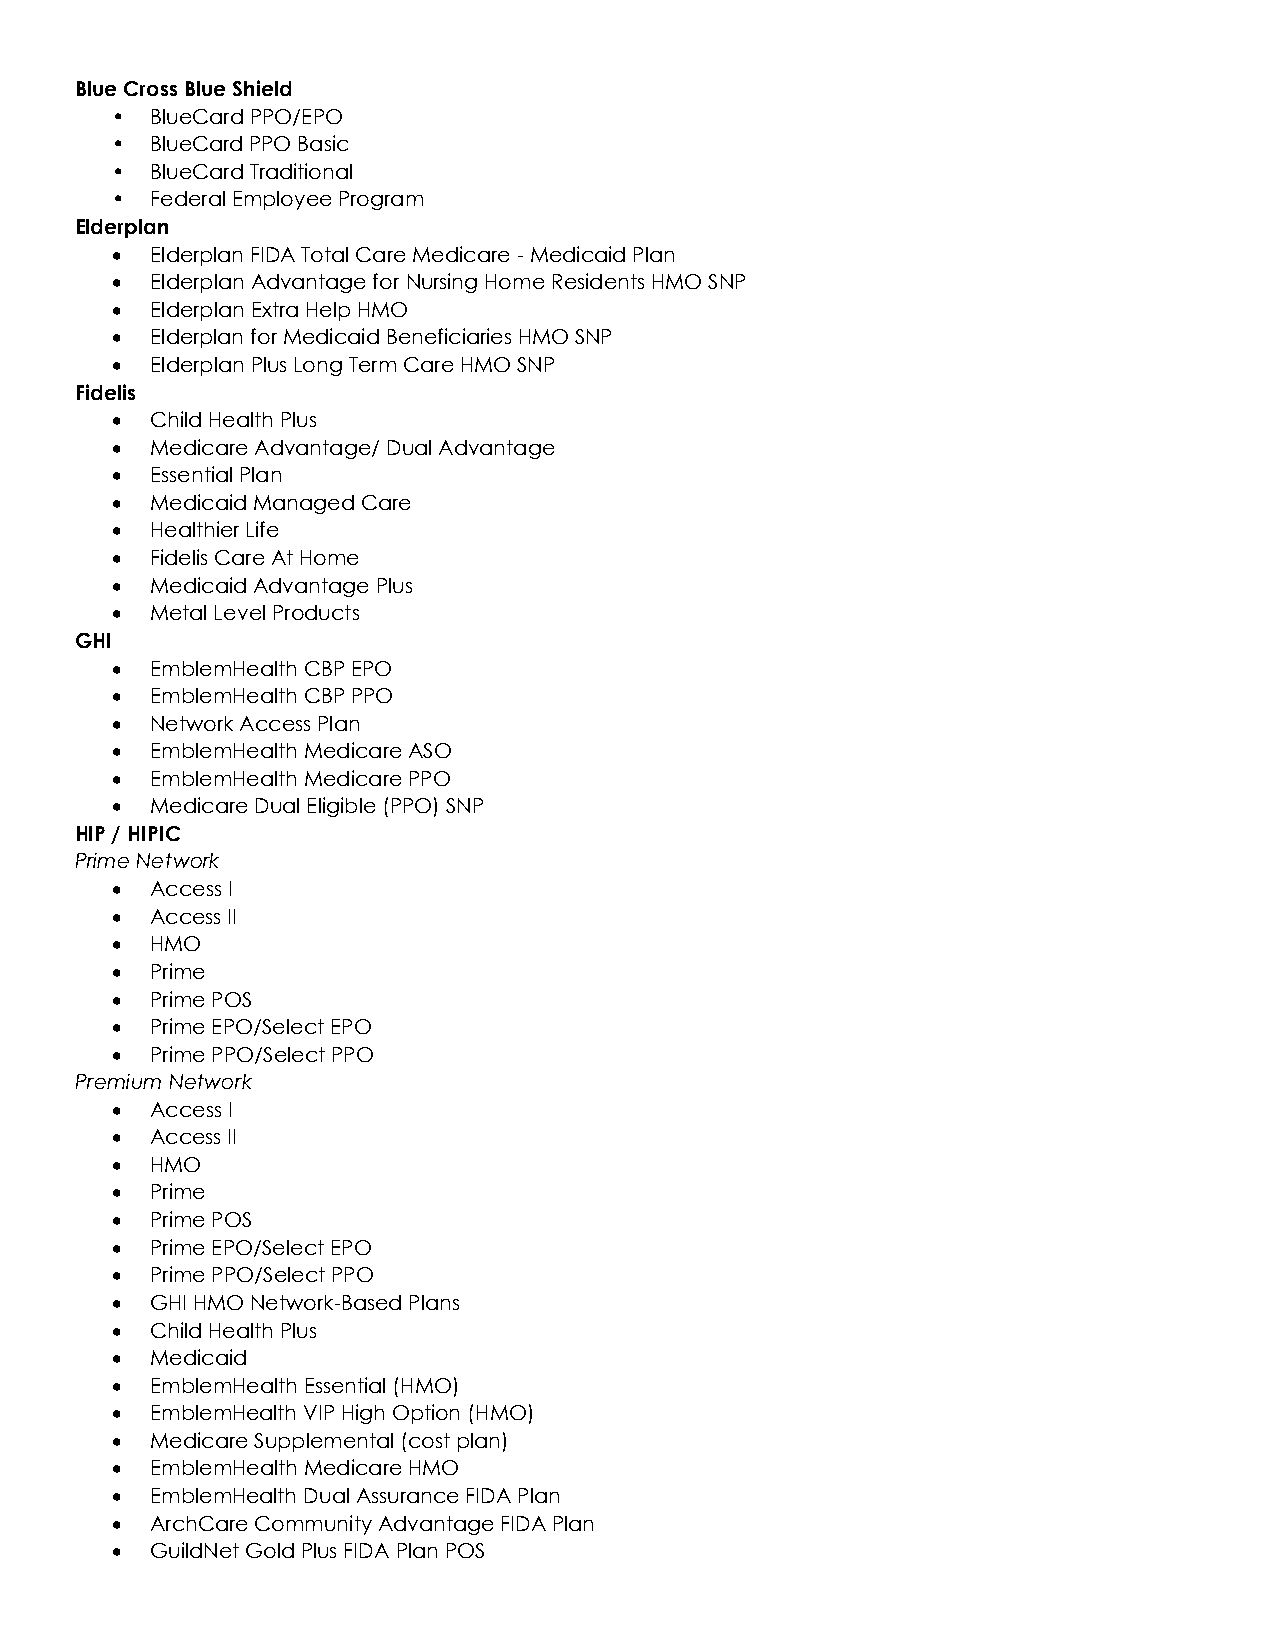
Blue Cross Blue Shield
 •  BlueCard PPO/EPO
 •  BlueCard PPO Basic
 •  BlueCard Traditional
 •  Federal Employee Program
 Elderplan
 •  Elderplan FIDA Total Care Medicare - Medicaid Plan
 •  Elderplan Advantage for Nursing Home Residents HMO SNP
 •  Elderplan Extra Help HMO
 •  Elderplan for Medicaid Beneficiaries HMO SNP
 •  Elderplan Plus Long Term Care HMO SNP
 Fidelis
 •  Child Health Plus
 •  Medicare Advantage/ Dual Advantage
 •  Essential Plan
 •  Medicaid Managed Care
 •  Healthier Life
 •  Fidelis Care At Home
 •  Medicaid Advantage Plus
 •  Metal Level Products
 GHI
 •  EmblemHealth CBP EPO
 •  EmblemHealth CBP PPO
 •  Network Access Plan
 •  EmblemHealth Medicare ASO
 •  EmblemHealth Medicare PPO
 •  Medicare Dual Eligible (PPO) SNP
 HIP / HIPIC
 Prime Network
 •  Access I
 •  Access II
 •  HMO
 •  Prime
 •  Prime POS
 •  Prime EPO/Select EPO
 •  Prime PPO/Select PPO
 Premium Network
 •  Access I
 •  Access II
 •  HMO
 •  Prime
 •  Prime POS
 •  Prime EPO/Select EPO
 •  Prime PPO/Select PPO
 •  GHI HMO Network-Based Plans
 •  Child Health Plus
 •  Medicaid
 •  EmblemHealth Essential (HMO)
 •  EmblemHealth VIP High Option (HMO)
 •  Medicare Supplemental (cost plan)
 •  EmblemHealth Medicare HMO
 •  EmblemHealth Dual Assurance FIDA Plan
 •  ArchCare Community Advantage FIDA Plan
 •  GuildNet Gold Plus FIDA Plan POS